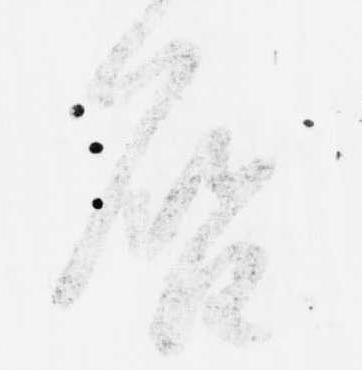
啓